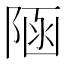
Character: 𨺂